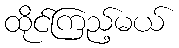
ထိုင်ကြည့်မယ်